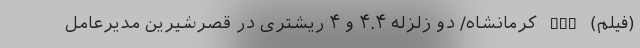
(فیلم) nan کرمانشاه/ دو زلزله ۴.۴ و ۴ ریشتری در قصرشیرین مدیرعامل